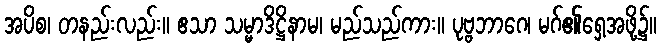
အပိစ၊ တနည်းလည်း။ ဧသာ သမ္မာဒိဋ္ဌိနာမ၊ မည်သည်ကား။ ပုဗ္ဗဘာဂေ၊ မဂ်၏ရှေ့အဖို့၌။